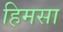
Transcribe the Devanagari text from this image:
हिमसा